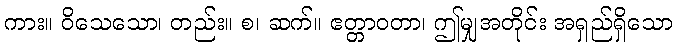
ကား။ ဝိသေသော၊ တည်း။ စ၊ ဆက်။ ဧတ္တာဝတာ၊ ဤမျှအတိုင်း အရှည်ရှိသော